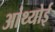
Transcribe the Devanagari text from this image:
आंथ्‍योई